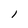
Character: 1